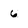
Character: 6